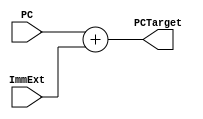
module PCTarget (
	input wire				[31:0]				PC,
	input wire				[31:0]				ImmExt,
	output wire			[31:0]				PCTarget
);

assign PCTarget=PC+ImmExt ;

endmodule